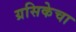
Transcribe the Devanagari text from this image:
ग्रसिकेचा